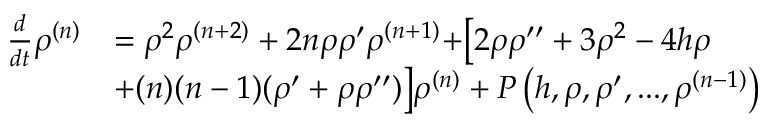
\begin{array} { r l } { \frac { d } { d t } \rho ^ { ( n ) } } & { = \rho ^ { 2 } \rho ^ { ( n + 2 ) } + 2 n \rho \rho ^ { \prime } \rho ^ { ( n + 1 ) } + \bigr [ 2 \rho \rho ^ { \prime \prime } + 3 \rho ^ { 2 } - 4 h \rho } \\ & { + ( n ) ( n - 1 ) ( \rho ^ { \prime } + \rho \rho ^ { \prime \prime } ) \bigl ] \rho ^ { ( n ) } + P \left( h , \rho , \rho ^ { \prime } , . . . , \rho ^ { ( n - 1 ) } \right) } \end{array}